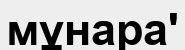
мұнара'